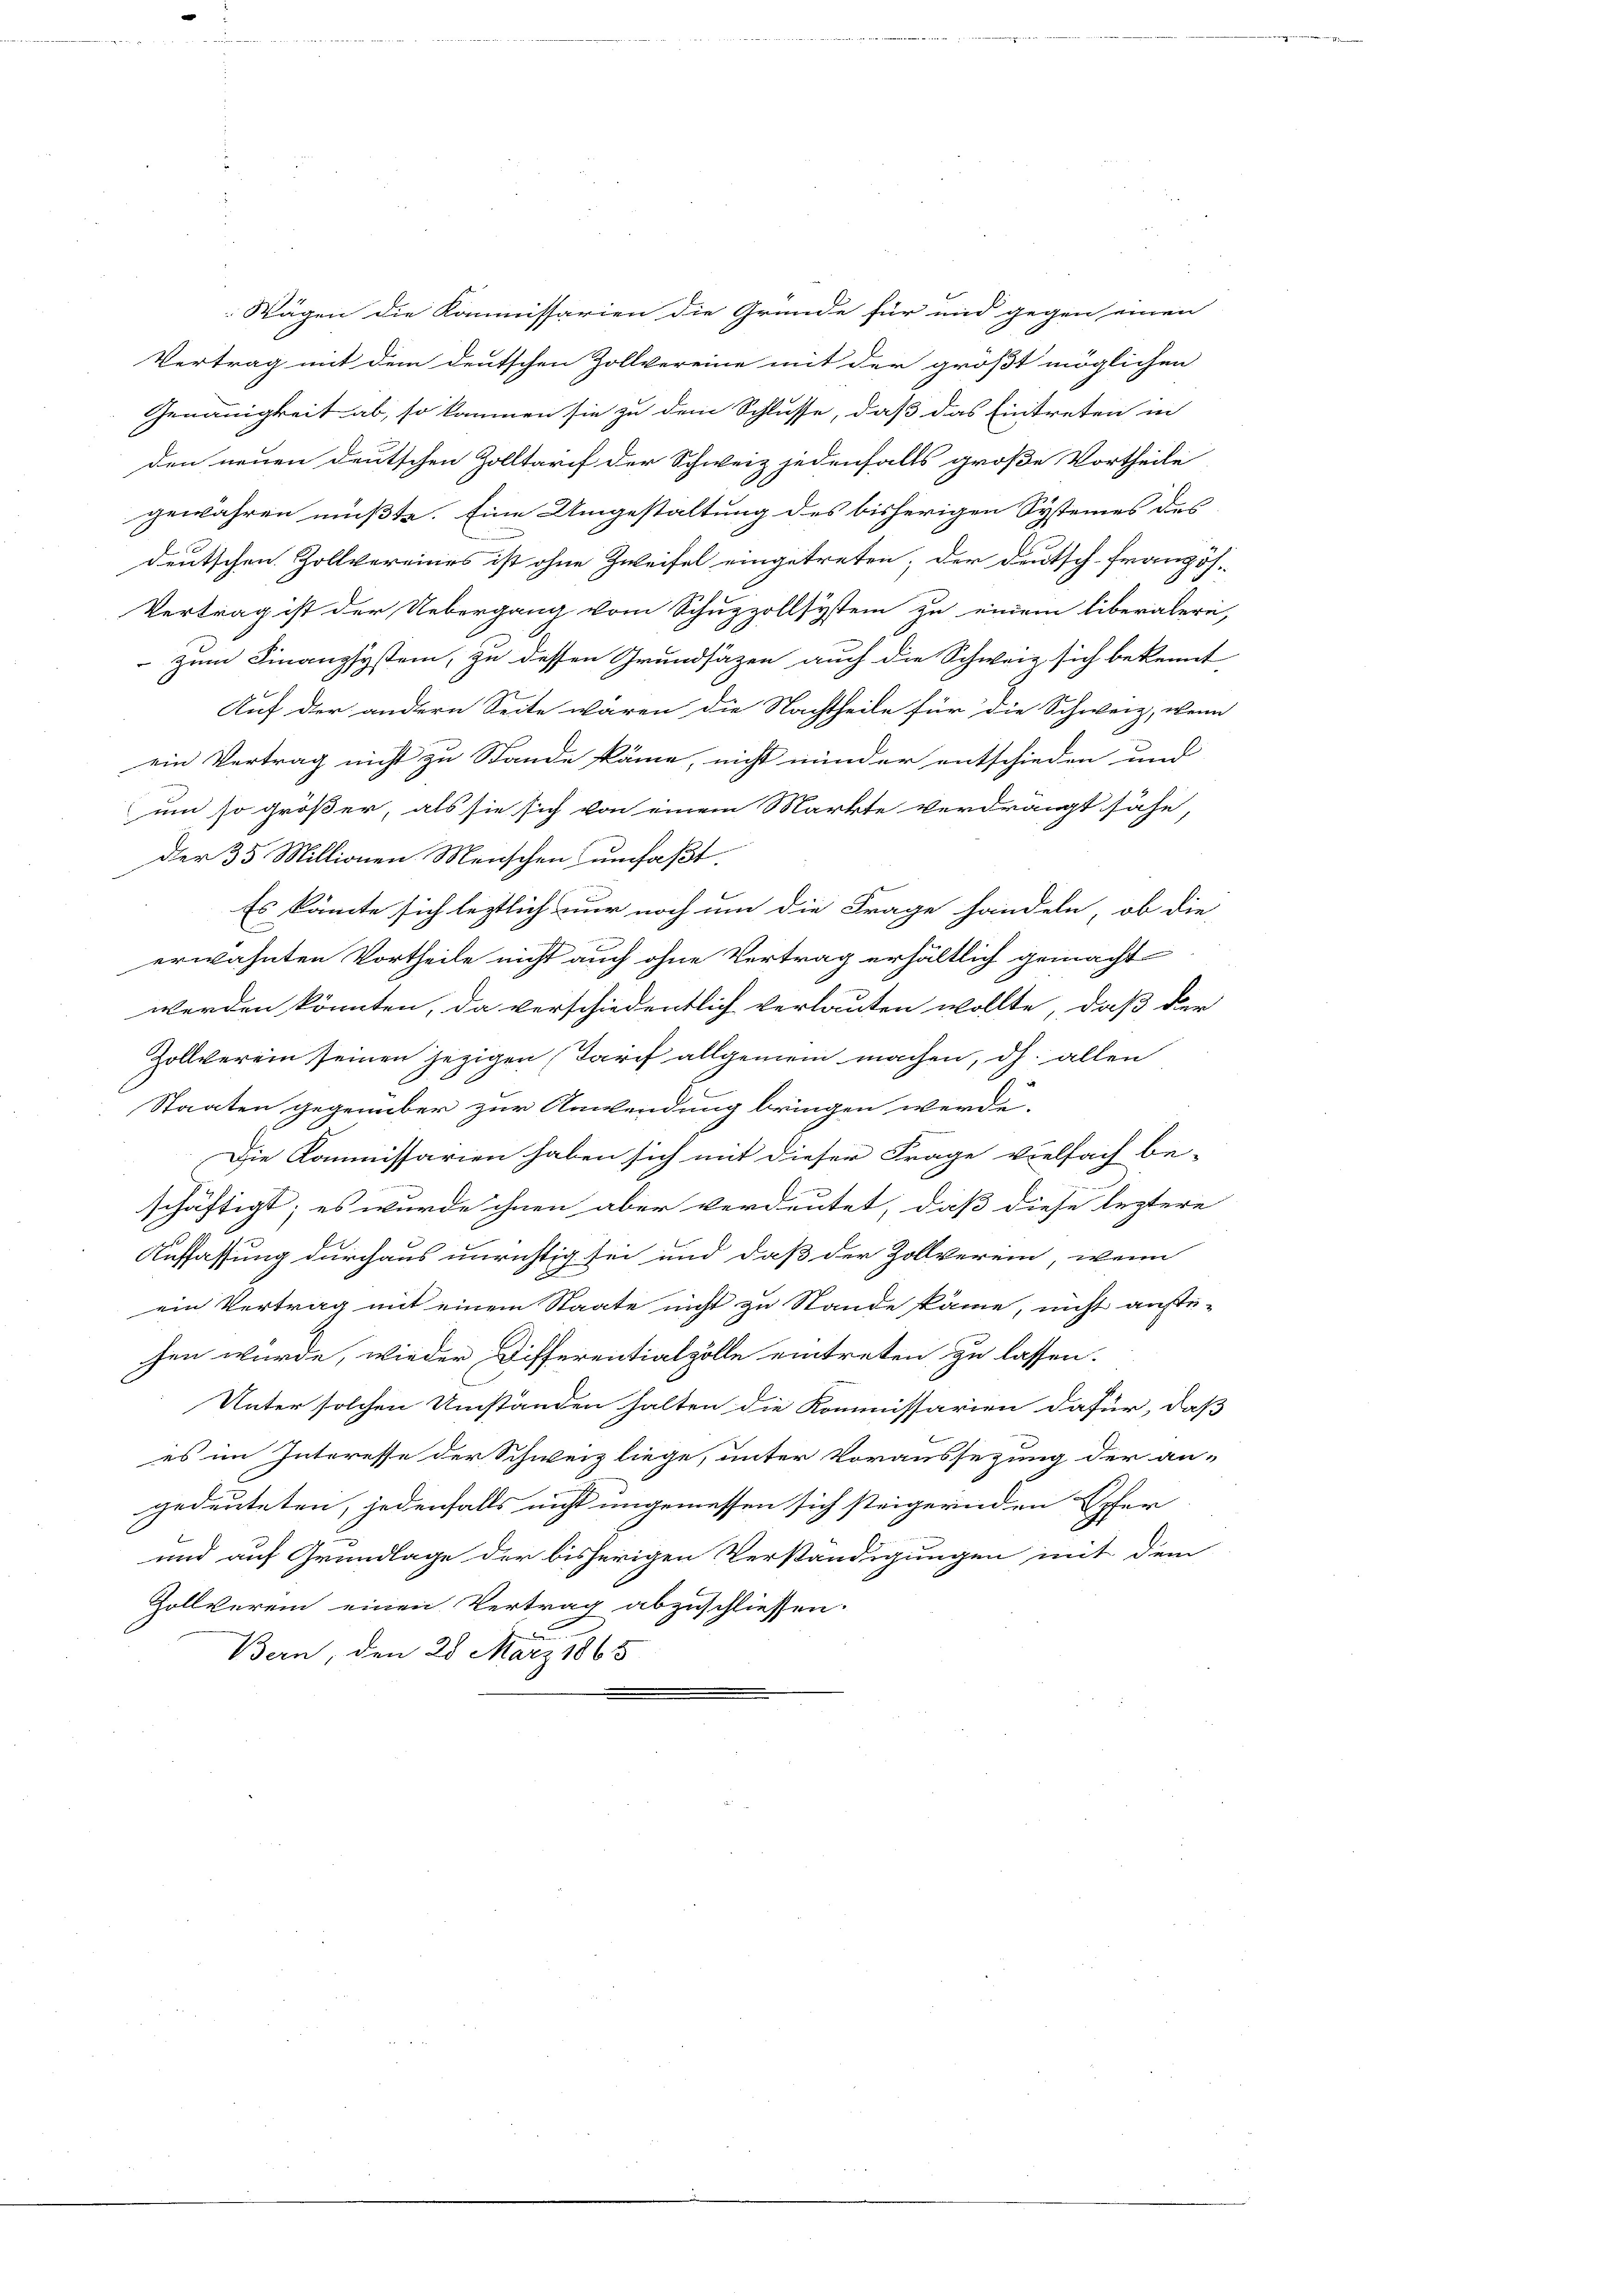
Vertrag mit dem deutschen Zollvereine mit der größt möglichen
Genauigkeit ab, so kommen sie zu dem Schlusse, daß das Eintreten in
den neuen deutschen Zolltarif der Schweiz jedenfalls große Vortheile
gewähren müßte. Eine Umgestaltung des bisherigen Systemes des
deutschen Zollvereines ist ohne Zweifel eingetreten; der Deutsch-Französ-
Vertrag ist der Uebergang vom Schuzzollsystem zu einem liberalern,
 zum Finanzsystem, zu dessen Grundsätzen auch die Schweiz sich bekennt
Auf der andern Seite wären die Nachtheile für die Schweiz, wenn
ein Vertrag nicht zu Stande käme, nicht minder entschieden und
um so größer, als sie sich von einem Markte verdrängt sähe,
der 35 Millionen Menschen umfaßt.
Es könnte sich leztlich nur noch um die Frage handeln, ob die
erwähnten Vortheile nicht auch ohne Vertrag erhältlich gemacht
werden könnten, da verschiedentlich verlauten wollte, daß der
Zollverein seinen jezigen (Tarif allgemein machen, dh. allen
Staaten gegenüber zur Anwendung bringen werde.
Die Kommissarien haben sich mit dieser Frage vielfach be-
u
schäftigt; es wurde ihnen aber verdeutet, daß diese leztere
Auffassung durchaus unrichtig sei und daß der Zollverein, wenn
ein Vertrag mit einem Staate nicht zu Stande käme, nicht anse-
hen wurde, wieder Differentialzolle eintreten zu lassen.
Unter solchen Umständen halten die Kommissarien dafür, daß
es im Interesse der Schweiz liege, unter Voraussezung der an-
gedeuteten, jedenfalls nicht ungemessen sich steigernden Epher
und auf Grundlage der bisherigen Verständigungen mit dem
Zollverein einen Vertrag abzuschliessen.
Bern, den 28. März 1865

Wägen die Kommissarien die Gründe für und gegen einen